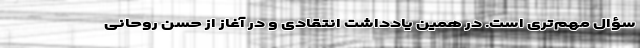
سؤال مهم‌تری است. در همین یادداشت انتقادی و در آغاز از حسن روحانی